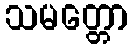
သမတ္တော